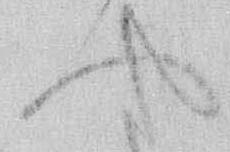
や